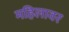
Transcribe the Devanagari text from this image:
महिलावर